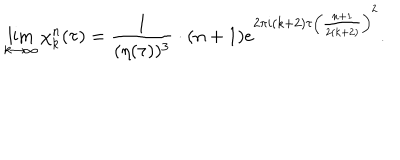
\lim _ { k \rightarrow \infty } \chi _ { k } ^ { n } ( \tau ) = { \frac { 1 } { ( \eta ( \tau ) ) ^ { 3 } } } \cdot ( n + 1 ) e ^ { 2 \pi i ( k + 2 ) \tau \left( { \frac { n + 1 } { 2 ( k + 2 ) } } \right) ^ { 2 } } .